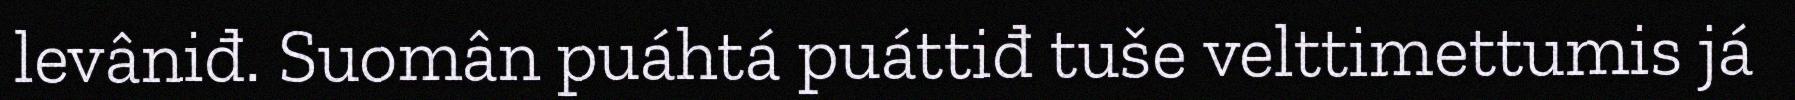
levâniđ. Suomân puáhtá puáttiđ tuše velttimettumis já